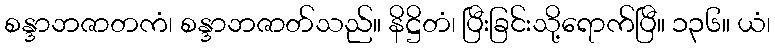
စန္ဒာဘဇာတကံ၊ စန္ဒာဘဇာတ်သည်။ နိဋ္ဌိတံ၊ ပြီးခြင်းသို့ရောက်ပြီ။ ၁၃၆။ ယံ၊